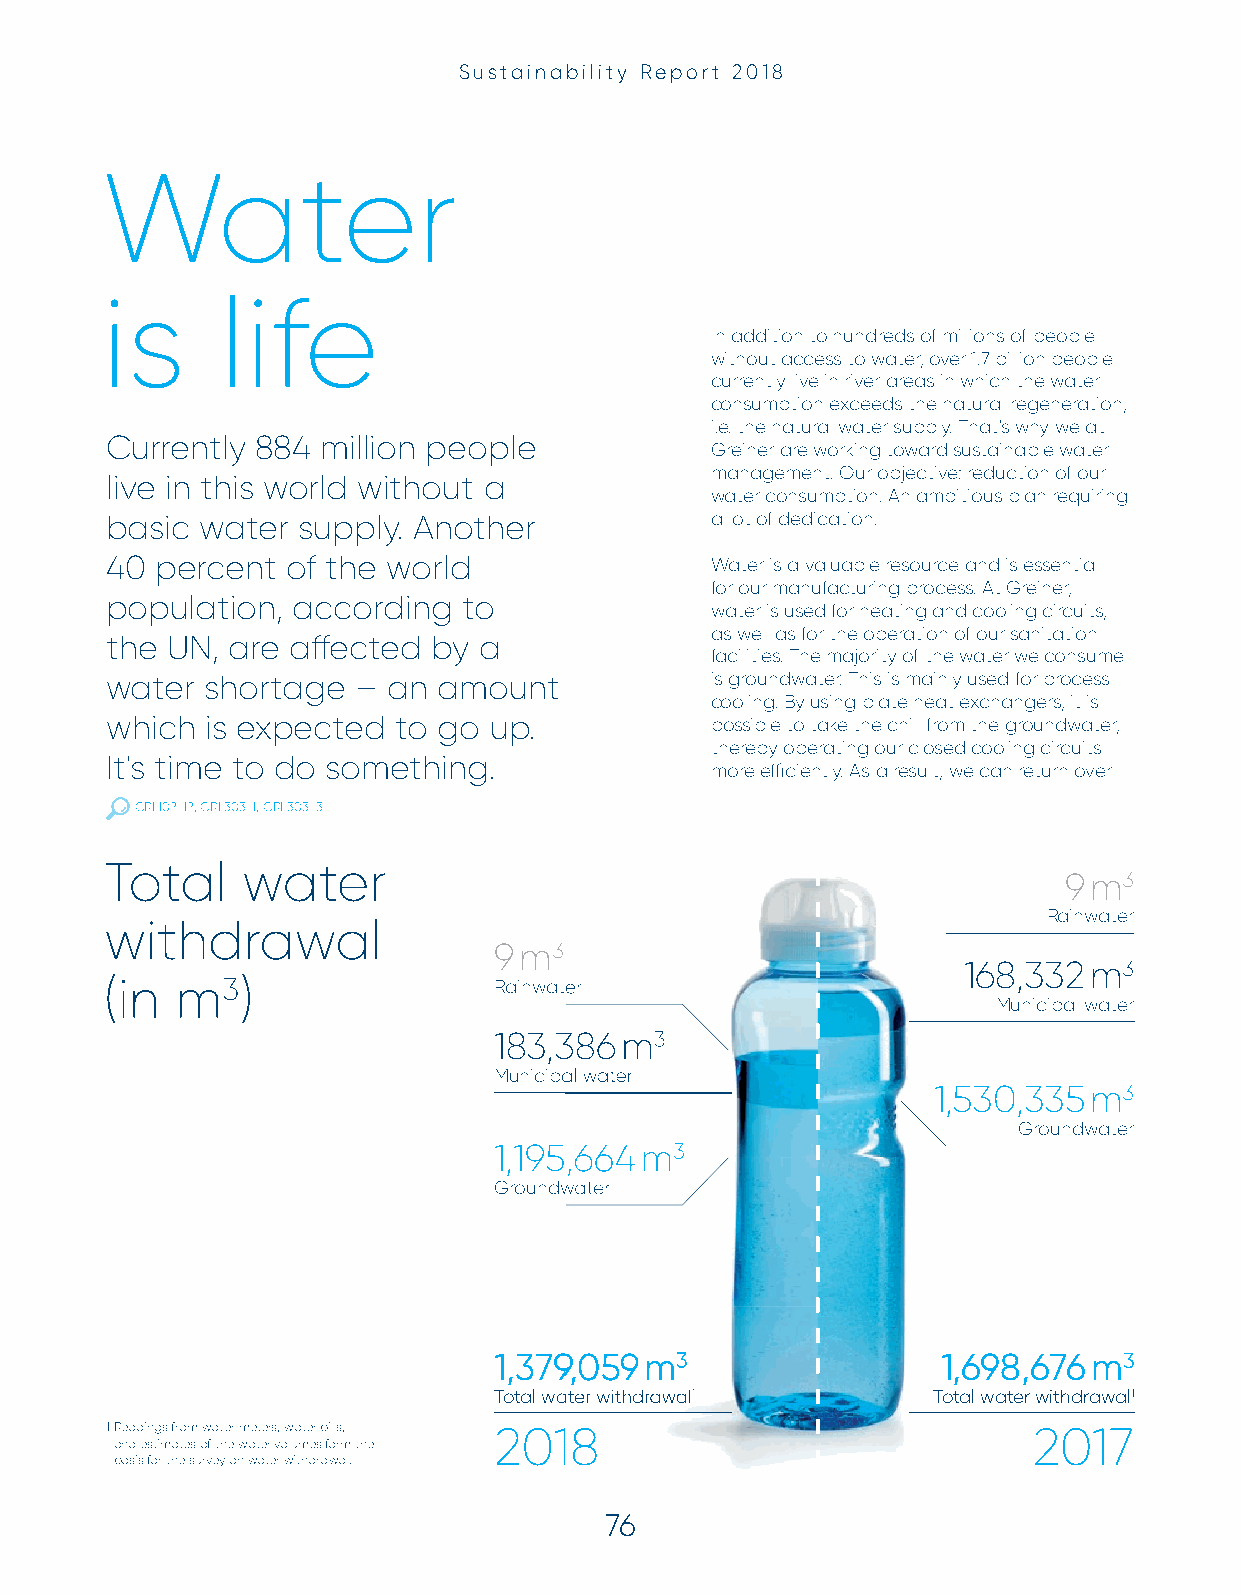
Sustainability Report 2018
 Water
 is      life
 In addition to hundreds of millions of people
 without access to water, over 1.7 billion people
 currently live in river areas in which the water
 consumption exceeds the natural regeneration,
 i.e. the natural water supply. That's why we at
 Currently 884 million people
 Greiner are working toward sustainable water
 management. Our objective: reduction of our
 live in this world without a
 water consumption. An ambitious plan requiring
 basic water  supply. Another            a lot of dedication.
 40 percent  of the world                Water is a valuable resource and is essential
 for our manufacturing process. At Greiner,
 population, according   to
 water is used for heating and cooling circuits,
 as well as for the operation of our sanitation
 the UN, are aff ected by a
 facilities. The majority of the water we consume
 water  shortage –  an amount            is groundwater. This is mainly used for process
 cooling. By using plate heat exchangers, it is
 which  is expected to go up.            possible to take the chill from the groundwater,
 thereby operating our closed cooling circuits
 It's time to do something.
 more effi ciently. As a result, we can return over
 GRI 102-12, GRI 303-1, GRI 303-3
 Total    water
 9 m3
 Rainwater
 withdrawal
 9 m3
 168,332 m3
 (in  m3)                  RRaaiinnwwaatteerr
 Municipal water
 118833,,338866 mm33
 MMuunniicciippaall wwaatteerr
 1,530,335 m3
 Groundwater
 11,,119955,,666644 mm33
 GGrroouunnddwwaatteerr
 11,,337799,,005599 mm33      1,698,676 m3
 TToottaall wwaatteerr wwiitthhddrraawwaall11 Total water withdrawal1
 1 Readings from water meters, water bills, 22001188          2017
 and estimates of the water volumes form the
 basis for the survey on water withdrawal.
 7766